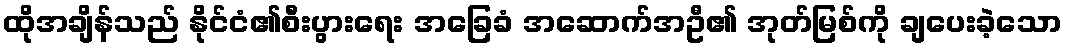
ထိုအချိန်သည် နိုင်ငံ၏စီးပွားရေး အခြေခံ အဆောက်အဦ၏ အုတ်မြစ်ကို ချပေးခဲ့သော